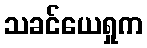
သခင်ယေရှုက